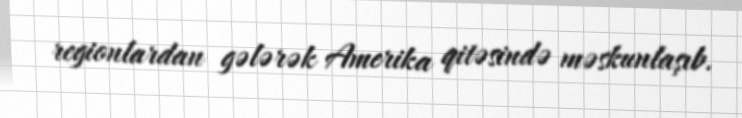
regionlardan gələrək Amerika qitəsində məskunlaşıb.